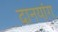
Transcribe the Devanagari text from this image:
दानयांग